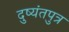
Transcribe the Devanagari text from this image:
दुष्यंतपुत्र